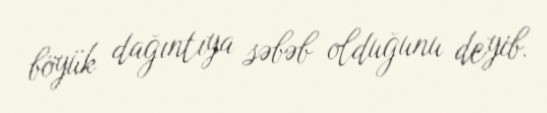
böyük dağıntıya səbəb olduğunu deyib.